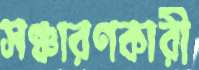
সঞ্চারণকারী